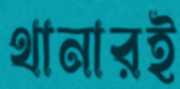
থানারই